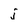
Character: j